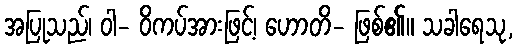
အပြုသည်၊ ဝါ- ဝိကပ်အားဖြင့်၊ ဟောတိ- ဖြစ်၏။ သခါရေသု,